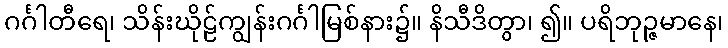
ဂင်္ဂါတီရေ၊ သိန်းဃိုဠ်ကျွန်းဂင်္ဂါမြစ်နား၌။ နိသီဒိတွာ၊ ၍။ ပရိဘုဉ္ဇမာနေ၊